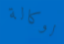
لوكالة